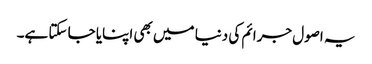
یہ اصول جرائم کی دنیا میں بھی اپنایا جا سکتا ہے۔